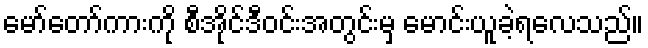
မော်တော်ကားကို စီအိုင်ဒီဝင်းအတွင်းမှ မောင်းယူခဲ့ရလေသည်။